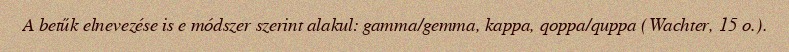
A betűk elnevezése is e módszer szerint alakul: gamma/gemma, kappa, qoppa/quppa (Wachter, 15 o.).